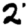
Digit: 2